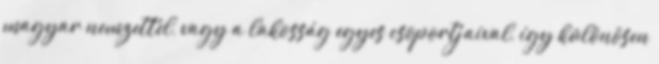
magyar nemzettel, vagy a lakosság egyes csoportjaival, így különösen